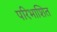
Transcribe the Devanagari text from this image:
परिभाशित